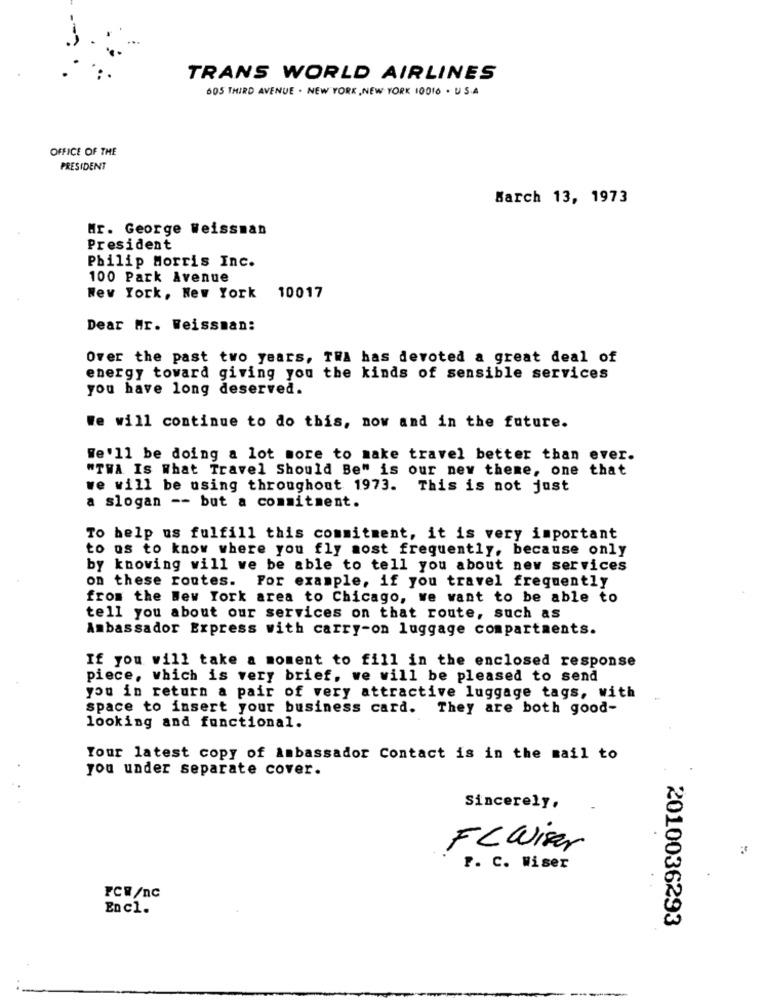
TRANS WORLD AIRLINES
605 THIRD AVENUE . NEW YORK , NEW YORK 10016 . U.S.A
OFFICE OF THE
PRESIDENT
March 13, 1973
Mr. George Weissman
President
Philip Morris Inc.
100 Park Avenue
New York, New York 10017
Dear Mr. Weissman:
Over the past two years, TWA has devoted a great deal of
energy toward giving you the kinds of sensible services
you have long deserved.
We will continue to do this, now and in the future.
We'll be doing a lot more to make travel better than ever.
"TWA Is What Travel Should Be" is our ney theme, one that
we will be using throughout 1973. This is not just
a slogan -- but a commitment.
To help us fulfill this commitment, it is very important
to os to know where you fly most frequently, because only
by knowing will we be able to tell you about new services
on these routes. For example, if you travel frequently
from the New York area to Chicago, we want to be able to
tell you about our services on that route, such as
Ambassador Express with carry-on luggage compartments.
If you will take a moment to fill in the enclosed response
piece, which is very brief, we will be pleased to send
you in return a pair of very attractive luggage tags, with
space to insert your business card. They are both good-
looking and functional.
Your latest copy of Ambassador Contact is in the mail to
you under separate cover.
Sincerely,
FCWiser
P. C. Wiser
FCW/nc
En c1.
2010036293